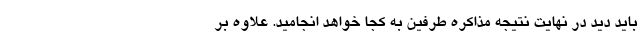
باید دید در نهایت نتیجه مذاکره طرفین به کجا خواهد انجامید. علاوه بر